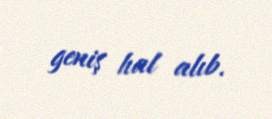
geniş hal alıb.